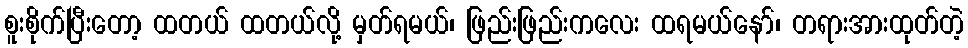
စူးစိုက်ပြီးတော့ ထတယ် ထတယ်လို့ မှတ်ရမယ်၊ ဖြည်းဖြည်းကလေး ထရမယ်နော်၊ တရားအားထုတ်တဲ့